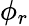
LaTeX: \phi_{r}